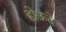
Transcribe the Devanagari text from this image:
होऊंदे